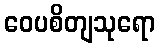
ဝေပစိတျသုရော